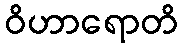
ဝိဟာရောတိ